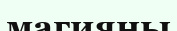
магияны